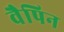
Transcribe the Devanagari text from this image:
वैपिन